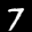
Label: 7